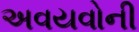
અવયવોની